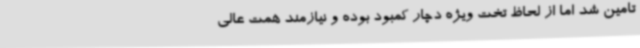
تامین شد اما از لحاظ تخت ویژه دچار کمبود بوده و نیازمند همت عالی